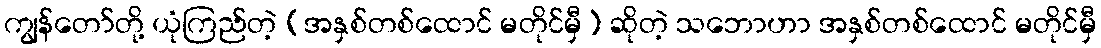
ကျွန်တော်တို့ ယုံကြည်တဲ့ (အနှစ်တစ်ထောင် မတိုင်မှီ) ဆိုတဲ့ သဘောဟာ အနှစ်တစ်ထောင် မတိုင်မှီ